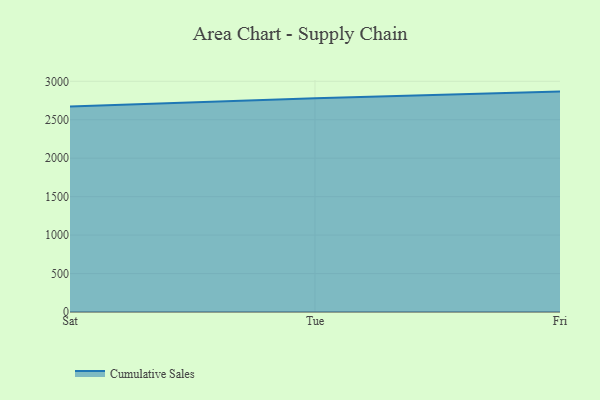
{"axis": {"x": "Day", "y": "Bounce Rate (%)"}, "legend": ["Cumulative Sales"], "data": [{"x": "Sat", "y": 2672.0, "type": "Cumulative Sales"}, {"x": "Tue", "y": 2778.2, "type": "Cumulative Sales"}, {"x": "Fri", "y": 2866.1, "type": "Cumulative Sales"}]}